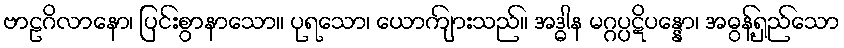
ဗာဠဂိလာနော၊ ပြင်းစွာနာသော။ ပုရသော၊ ယောကျ်ားသည်။ အဒ္ဓါန မဂ္ဂပ္ပဋိပန္နော၊ အဓွန့်ရှည်သော